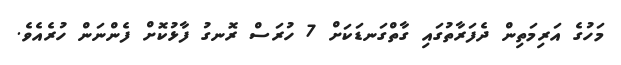
މަހުގެ އަރިމަތިން ދެފަރާތުގައި ގާތްގަނޑަކަށް 7 ހުރަސް ރޮނގު ފާޅުކޮށް ފެންނަން ހުރެއެވެ.